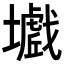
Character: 𡒾